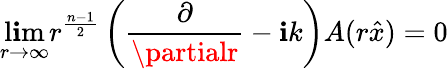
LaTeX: \operatorname*{l\mathbf{i}m}_{r\to\infty}r^{\frac{{n-1}}{{2}}}\left({\frac{{\partial}}{{\partialr}}}-\mathbf{i}k\right)A(r{\hat{{x}}})=0